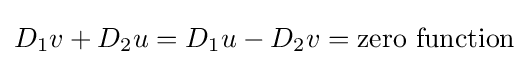
D_{1}v+D_{2}u=D_{1}u-D_{2}v={\text{zero function}}